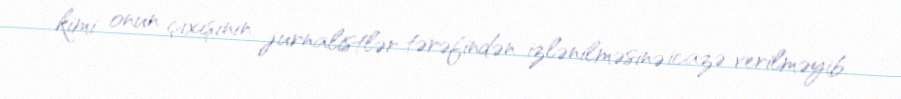
kimi onun çıxışının jurnalistlər tərəfindən izlənilməsinə icazə verilməyib.